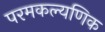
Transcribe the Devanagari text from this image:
परमकल्यणिक